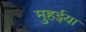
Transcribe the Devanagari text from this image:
मुहईया